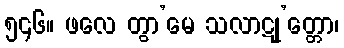
၅၄၆။ ဖလေ တွာ’မေ သလာဋု’တ္တော၊